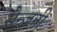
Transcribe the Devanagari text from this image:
सैन्जनी